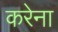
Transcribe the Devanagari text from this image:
करेना